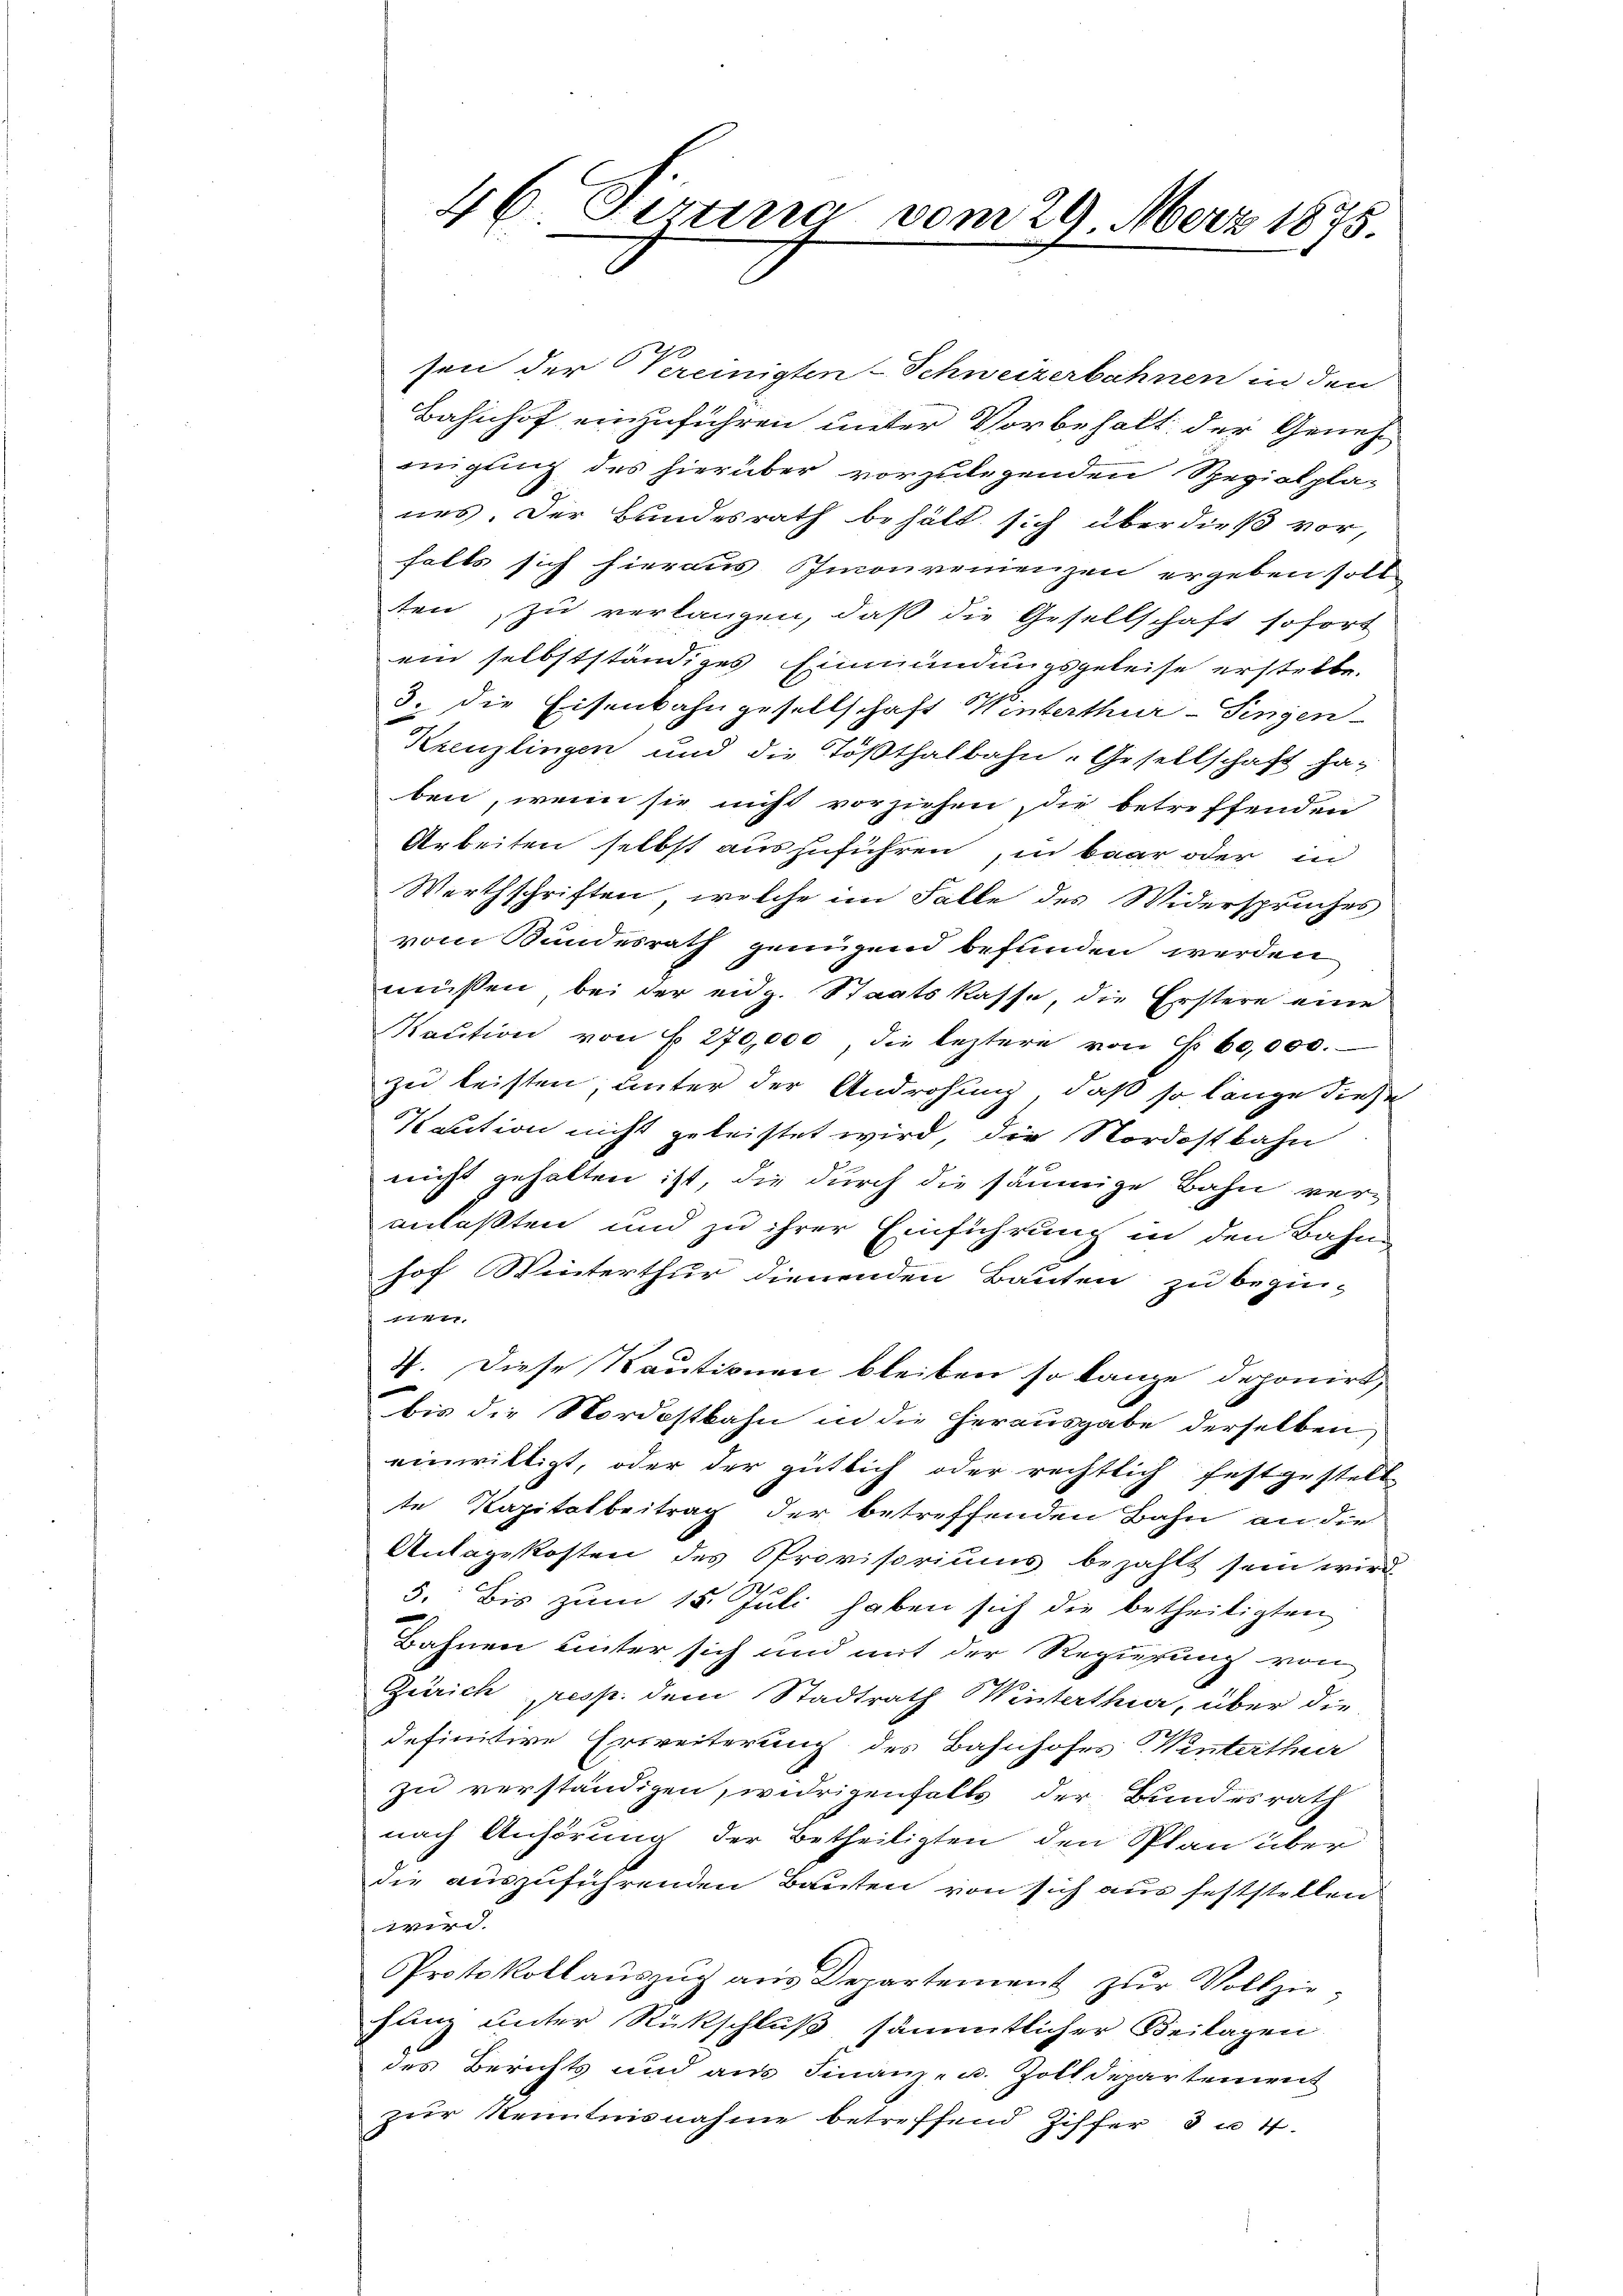
sen der Vereinigten-Schweizerbahnen in den
Bahnhof einzuführen unter Vorbehalt der Geneh-
migung des hierüber vorzulegenden Spezialplanes. Der Bundesrath behält sich überdieß vor,
falls sich hieraus Imonvenienzen ergeben soll
ten, zu verlangen, daß die Gesellschaft sofort
ein selbstständiges Einmündungsgeleise erstelle.
3. die Eisenbahngesellschaft Winterthur–Singen
Kreuzlingen und die Tößthalbahn-Gesellschaft ha-
ben, wenn sie nicht vorziehen, die betreffenden
Arbeiten selbst auszuführen, in baar oder in
Werthschriften, welche im Falle des Widerspruches
vom Bundesrath genügend befunden werden
müssen bei der eidg. Staatskasse, die Erstere eine
Kaŭtion von § 270,000, die leztere von Fr. 60,000.
zu leisten, unter der Androhung, daß so lange diese
Kaution nicht geleistet wird, die Nordostbahn
nicht gehalten ist, die durch die säumige Bahn ver-
anlaßten und zu ihrer Einführung in den Bahn-
hof Winterthur dienenden Bauten zu begin-
s
V. Diese Kautionen bleiben so lange deponirt,
bis die Nordostbahn in die Herausgabe derselben
einwilligt, oder der gütlich oder rechtlich festgestell
te Kapitalbeitrag der betreffenden Bahn an die
Antagekosten des Provisoriums bezahlt sein wird
5. Bis zum 15. Juli haben sich die betheiligten
Bahnen unter sich und mit der Regierung von
Zürich resp. dem Stadtrath Winterthur, über die
definitive Erweiterung des Bahnhofes Winterthur
zu verständigen, widrigenfalls der Bundesrath
nach Anhörung der Betheiligten den Splan über
die auszuführenden Bauten von sich aus feststellen
wird.
Protokoll auszug aus Departement zur Vollziefunz unter Rückschluß sämmtlicher Beilagen
des Berichts und aus Finanz- u. Zolldepartement
zur Kenntnisnahme betreffend Ziffer 3 u 4.

46 Firing vom 29. März 1875.